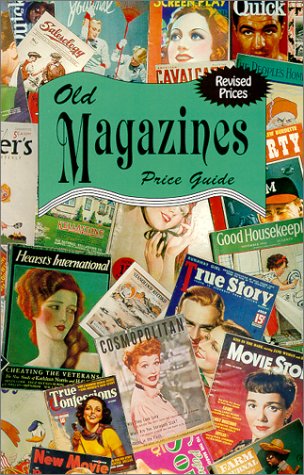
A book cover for Old Magazines with Year 2003 Price Guide; L-W Book (Other Contributor) Sales; Crafts, Hobbies & Home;